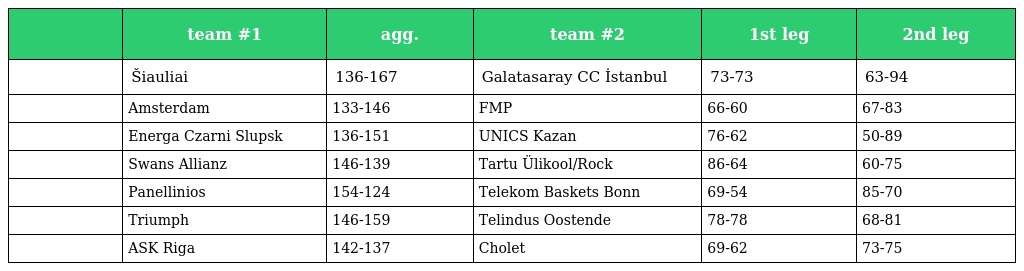
|  | team #1 | agg. | team #2 | 1st leg | 2nd leg |
 | --- | --- | --- | --- | --- | --- |
 |  | Šiauliai | 136-167 | Galatasaray CC İstanbul | 73-73 | 63-94 |
 |  | Amsterdam | 133-146 | FMP | 66-60 | 67-83 |
 |  | Energa Czarni Slupsk | 136-151 | UNICS Kazan | 76-62 | 50-89 |
 |  | Swans Allianz | 146-139 | Tartu Ülikool/Rock | 86-64 | 60-75 |
 |  | Panellinios | 154-124 | Telekom Baskets Bonn | 69-54 | 85-70 |
 |  | Triumph | 146-159 | Telindus Oostende | 78-78 | 68-81 |
 |  | ASK Riga | 142-137 | Cholet | 69-62 | 73-75 |